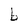
Character: b